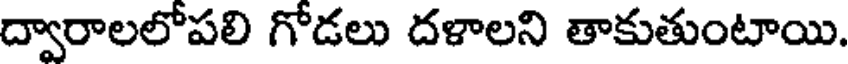
ద్వారాలలోపలి గోడలు దళాలని తాకుతుంటాయి.